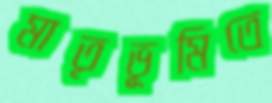
মাতৃভূমিতে